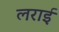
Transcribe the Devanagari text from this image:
लराई